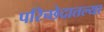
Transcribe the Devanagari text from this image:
परिच्छेदातल्या